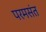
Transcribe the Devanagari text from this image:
परमसंत